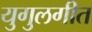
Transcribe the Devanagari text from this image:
युगुलगीत